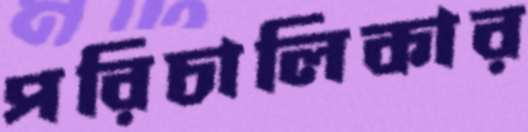
পরিচালিকার